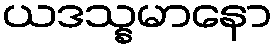
ယဒသ္နမာနော